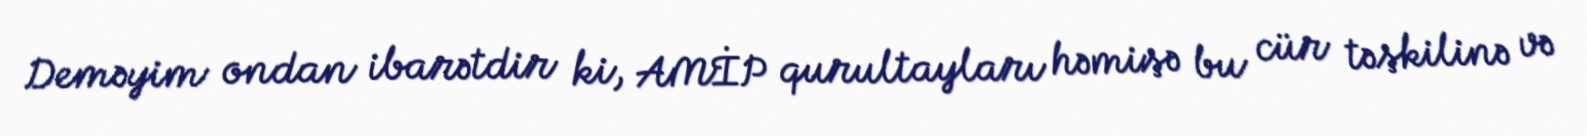
Deməyim ondan ibarətdir ki, AMİP qurultayları həmişə bu cür təşkilinə və